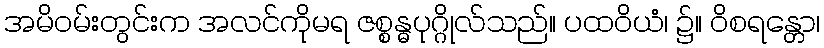
အမိဝမ်းတွင်းက အလင်ကိုမရ ဇစ္စန္ဓပုဂ္ဂိုလ်သည်။ ပထဝိယံ၊ ၌။ ဝိစရန္တော၊